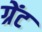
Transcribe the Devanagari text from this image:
ग्रेंट